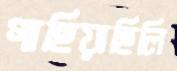
গাহিয়াছিলি